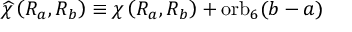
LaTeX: \widehat { \chi } \left( R _ { a } , R _ { b } \right) \equiv \chi \left( R _ { a } , R _ { b } \right) + \mathrm { o r b } _ { 6 } ( b - a )